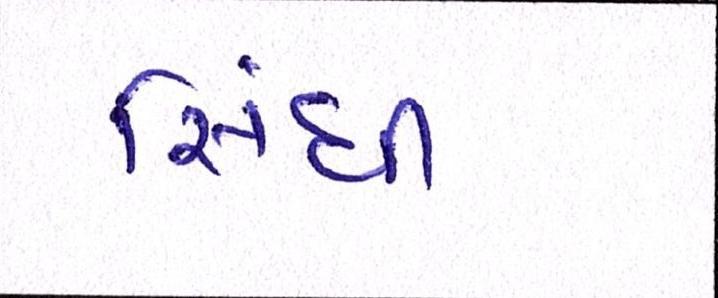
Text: સિંધી